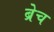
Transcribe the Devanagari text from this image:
ब्रेच